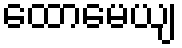
ထောမေယျ